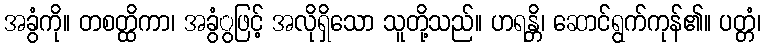
အခွံကို။ တစတ္ထိကာ၊ အခွံွဖြင့် အလိုရှိသော သူတို့သည်။ ဟရန္တိ၊ ဆောင်ရွက်ကုန်၏။ ပတ္တံ၊